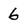
Character: 6